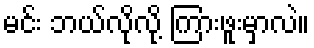
မင်း ဘယ်လိုလို့ ကြားဖူးမှာလဲ။